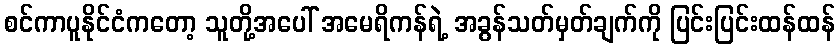
စင်ကာပူနိုင်ငံကတော့ သူတို့အပေါ် အမေရိကန်ရဲ့ အခွန်သတ်မှတ်ချက်ကို ပြင်းပြင်းထန်ထန်